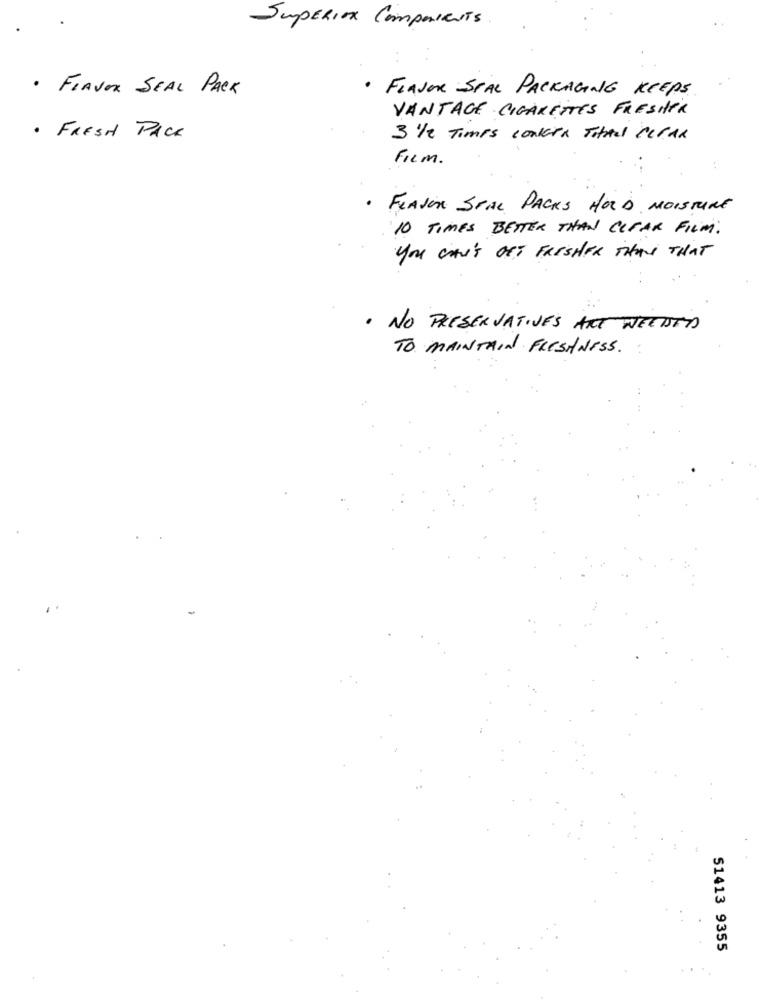
SUPERIOR Components
· FIAVOR SEAL PACK
· FLAVOR SPAL PACKAGING KEEPS
VANTAGE CIGARETTES FRESHER
. FRESH PACK
3 1/2 Times contera TitAll CLEAR
Film .
FLAVOR STAL PACKS HOLD MOISTURE
10 TIMES BETTER THAN CLEAR FILM .
you CAN'T OFT FRESHER THAN THAT
. NO PRESERVATIVES ART NEEDED
TO MAINTAIN FRESHNESS .:
51413 9355